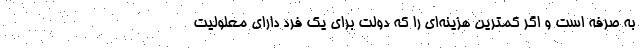
به صرفه است و اگر کمترین هزینه‌ای را که دولت برای یک فرد دارای معلولیت